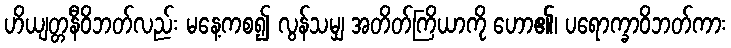
ဟိယျတ္တနီဝိဘတ်လည်း မနေ့ကစ၍ လွန်သမျှ အတိတ်ကြိယာကို ဟော၏၊ ပရောက္ခာဝိဘတ်ကား